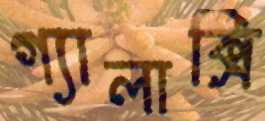
গ্যালাক্সি